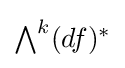
{\textstyle \bigwedge ^{k}(df)^{*}}